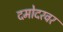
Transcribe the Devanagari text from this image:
दमोदरवर